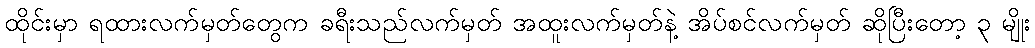
ထိုင်းမှာ ရထားလက်မှတ်တွေက ခရီးသည်လက်မှတ် အထူးလက်မှတ်နဲ့ အိပ်စင်လက်မှတ် ဆိုပြီးတော့ ၃ မျိုး